Rangoon Lunatic Asylum 1878-1892 - 1878-1892
Year: 1878
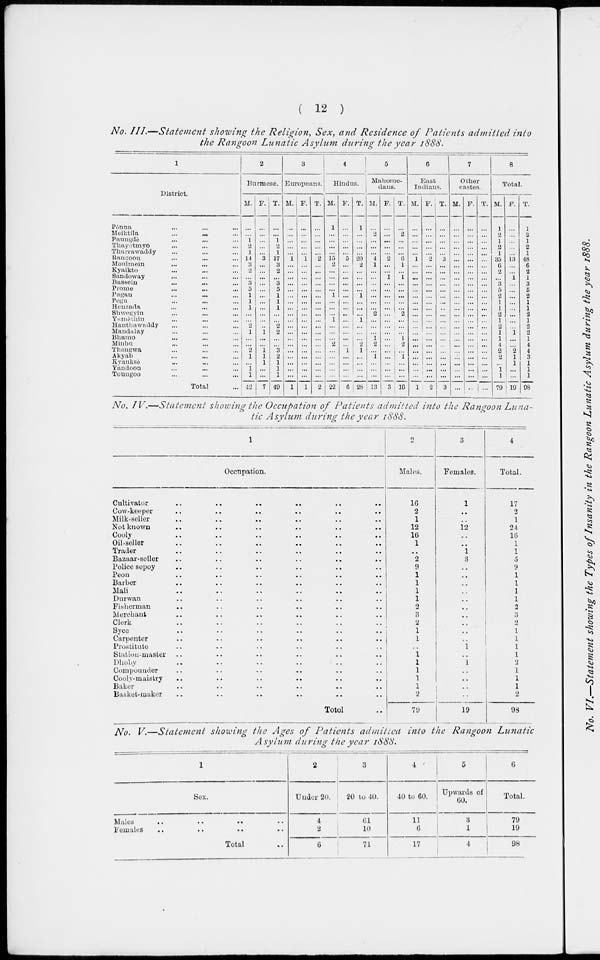
( 12 )
No. III.—Statement
showing the Religion, Sex, and Residence of Patients admitted into
the Rangoon Lunatic Asylum during the year 1888.
1
District.
Pônna ... ... ...
Meiktila
... ... ...
Paungde ... ... ...
Thayetmyo ... ... ...
Tharrawaddy ... ... ...
Rangoon ... ... ...
Moulmein ... ... ...
Kyaikto ... ... ...
Sandoway ... ... ...
Bassein
...
...
...
Prome ... ... ...
Pagan
...
...
...
Pegu ... ... ...
Henzada ... ... ...
Shwegyin ... ... ...
Yamèthin ... ... ...
Hanthawaddy ... ... ...
Mandalay ... ... ...
Bhamo ... ... ...
Minbu ... ... ...
Thôngwa ... ... ...
Akyab ... ... ...
Kyauksè ... ... ...
Yandoon ... ... ...
Toungoo ... ... ...
Total ...
2
Burmese.
M.
...
...
1
2
1
14
3
2
...
3
5
1
1
1
...
...
2
1
...
...
2
1
...
1
1
42
F.
...
...
...
...
...
3
...
...
...
...
...
...
...
...
...
...
...
1
...
...
1
1
1
...
...
7
T.
...
...
1
2
1
17
3
2
...
3
5
1
1
1
...
...
2
2
...
...
3
2
1
1
1
49
3
Europeans.
M.
...
...
...
...
...
1
...
...
...
...
...
...
...
...
...
...
...
...
...
...
...
...
...
...
...
1
F.
...
...
...
...
...
1
...
...
...
...
...
...
...
...
...
...
...
...
...
...
...
...
...
...
...
1
T.
...
...
...
...
...
2
...
...
...
...
...
...
...
...
...
...
...
...
...
...
...
...
...
...
...
2
4
Hindus.
M.
1
...
...
...
...
15
2
...
...
...
...
1
...
...
...
1
...
...
...
2
...
...
...
...
...
22
F.
...
...
...
...
...
5
...
...
...
...
...
...
...
...
...
...
...
...
...
...
1
...
...
...
...
6
T.
1
...
...
...
...
20
2
...
...
...
...
1
...
...
...
1
...
...
...
2
1
...
...
...
...
28
5
Mahome-
dans.
M.
...
2
...
...
...
4
1
...
...
...
...
...
...
...
2
...
...
...
1
2
...
1
...
...
...
13
F.
...
...
...
...
...
2
...
...
1
...
...
...
...
...
...
...
...
...
...
...
...
...
...
...
...
3
T.
...
2
...
...
...
6
1
...
1
...
...
...
...
...
2
...
...
...
1
2
...
1
...
...
...
16
6
East
Indians.
M.
...
...
...
...
...
1
...
...
...
...
...
...
...
...
...
...
...
...
...
...
...
...
...
...
...
1
F.
...
...
...
...
...
2
...
...
...
...
...
...
...
...
...
...
...
...
...
...
...
...
...
...
...
2
T.
...
...
...
...
...
3
...
...
...
...
...
...
...
...
...
...
...
...
...
...
...
...
...
...
...
3
7
Other
castes.
M.
...
...
...
...
...
...
...
...
...
...
...
...
...
...
...
...
...
...
...
...
...
...
...
...
...
...
F.
...
...
...
...
...
...
...
...
...
...
...
...
...
...
...
...
...
...
...
...
...
...
...
...
...
...
T.
...
...
...
...
...
...
...
...
...
...
...
...
...
...
...
...
...
...
...
...
...
...
...
...
...
...
8
Total.
M.
1
2
1
2
1
35
6
2
...
3
5
2
1
1
2
1
2
1
1
4
2
2
...
1
1
79
F.
...
...
...
...
...
13
...
...
1
...
...
...
...
...
...
...
...
1
...
...
2
1
1
...
...
19
T.
1
2
1
2
1
48
6
2
1
3
5
2
1
1
2
1
2
2
1
4
4
3
1
1
1
98
No. IV.—Statement showing the Occupation of Patients admitted into the Rangoon Luna-
tic Asylum during the year 1888.
1
Occupation.
Cultivator
..
..
.. .. .. ..
Cow-keeper
..
..
..
..
..
..
Milk-seller .. .. .. .. .. ..
Not known .. .. .. .. .. ..
Cooly
..
..
..
..
..
..
Oil-seller .. .. .. .. .. ..
Trader .. .. .. .. .. ..
Bazaar-seller .. .. .. .. .. ..
Police sepoy .. .. .. .. .. ..
Peon .. .. .. .. .. ..
Barber .. .. .. .. .. ..
Mali .. .. .. .. .. ..
Durwan .. .. .. .. .. ..
Fisherman .. .. .. .. .. ..
Merchant .. .. .. .. .. ..
Clerk
..
..
..
..
..
..
Syce .. .. .. .. .. ..
Carpenter .. .. .. .. .. ..
Prostitute .. .. .. .. .. ..
Station-master .. .. .. .. .. ..
Dhoby .. .. .. .. .. ..
Compounder
..
..
..
..
..
..
Cooly-maistry
..
..
..
.. .. ..
Baker .. .. .. .. .. ..
Basket-maker
..
..
..
..
..
..
Total ..
2
Males.
16
2
1
12
16
1
..
2
9
1
1
1
1
2
3
2
1
1
..
1
1
1
1
1
2
79
3
Females.
1
..
..
12
..
..
1
3
..
..
..
..
..
..
..
..
..
..
1
..
1
..
..
..
..
19
4
Total.
17
2
1
24
16
1
1
5
9
1
1
1
1
2
3
2
1
1
1
1
2
1
1
1
2
98
No. V.—Statement showing the Ages of Patients admitted into the Rangoon Lunatic
Asylum during the year 1888.
1
Sex.
Males
..
..
..
..
Females
..
..
..
..
Total ..
2
Under 20.
4
2
6
3
20 to 40.
61
10
71
4
40 to 60.
11
6
17
5
Upwards of
60.
3
1
4
6
Total.
79
19
98